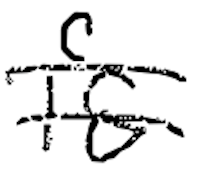
Text: is
Cross-out: mix
Writing tool: digital_black